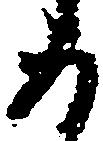
如